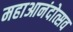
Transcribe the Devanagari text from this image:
महाआनंदोत्सव